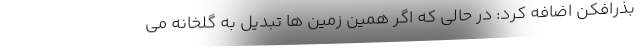
بذرافکن اضافه کرد: در حالی که اگر همین زمین ها تبدیل به گلخانه می